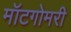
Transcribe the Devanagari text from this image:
मॉटगोमरी